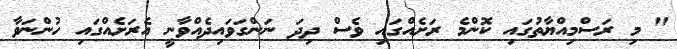
" މި ރަސްމިއްޔާތުގައި ކޮންމެ ރަށެއްގައި ވެސް ދިދަ ނަންގަވައިދެއްވާނީ އެރަށެއްގައި ހުންނަވާ